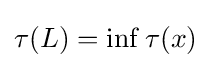
\tau (L)=\inf \tau (x)